Civil Veterinary Department. Madras. Admin. report 1926-33 - 1926-1933
Year: 1926
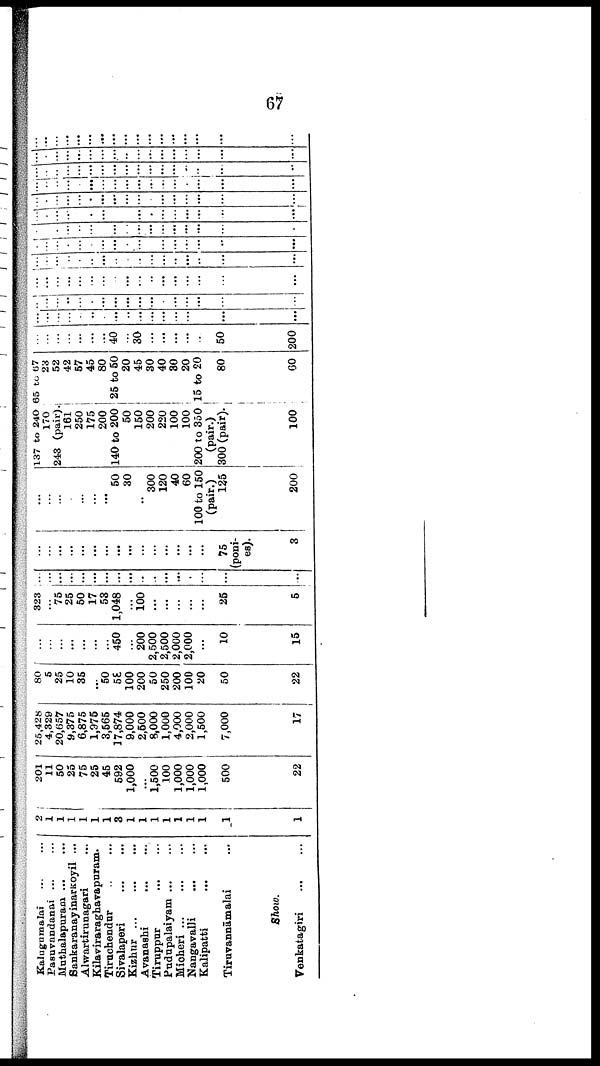
67
Kalugumalai ... ...
Pasuvandanai ... ...
Muthalapuram ... ...
Sankaranayinarkoyil ...
Alwartirunagari ...
Kilaviraraghavapuram.
Tiruchendur .. ...
Sivalaneri ... ...
Kizhnr ... ... ... ...
Avanashi
... ...
Tiruppur
...
...
Pudupalaiyam ... ...
Micheri
...
...
...
Nangavalli ... ...
Kalipatti
...
...
Tiruvannāmalai ...
Show.
Venkatagiri ... ...
2
1
1
1
1
1
1
3
1
1
1
1
1
1
1
1
1
201
11
50
25
75
25
45
592
1,000
...
1,500
100
1,000
1,000
1,000
500
22
25,428
4,329
20,657
9,375
6,875
1,975
3,565
17,874
9,000
2,500
8,000
1,000
4,000
2,000
1,500
7,000
17
80
5
25
10
35
...
50
58
100
200
50
250
200
100
20
50
22
...
...
...
...
...
...
... 450
...
200
2,500
2,500
2,000
2,000
...
10
15
323
...
75
25
50
17
53
1,048
...
100
...
...
...
...
...
25
5
...
...
...
...
...
...
...
...
...
...
...
...
...
.
...
...
...
...
...
...
...
...
...
...
...
...
...
...
...
...
...
...
75
(poni
es).
3
...
...
...
...
...
...
...
50
30
..
300
120
40
60
100 to 150
(pair.)
125
200
137 to 240
170
243 (pair).
161
250
175
200
140 to 200
50
150
200
220
100
100
200 to 350
(pair.)
300 (pair).
100
65 to 67
23
52
42
57
45
80
25 to 50
20
45
30
40
30
20
15 to 20
80
60
...
...
...
...
...
...
...
40
...
30
...
...
...
...
...
50
200
...
...
...
...
...
...
...
...
...
...
...
...
...
...
...
...
...
...
...
...
...
...
...
...
...
...
...
...
...
...
...
...
...
...
...
...
...
...
...
...
...
...
...
...
...
...
...
...
...
...
...
...
...
...
...
...
...
...
...
...
...
...
...
...
...
...
...
...
...
...
...
...
...
...
...
...
...
...
...
...
...
...
...
...
...
...
...
...
...
...
...
...
...
...
...
...
...
...
...
...
...
...
...
...
...
...
...
...
...
...
...
...
...
...
...
...
...
...
...
...
...
...
...
...
...
...
...
...
...
...
...
...
...
...
...
...
...
...
...
...
...
...
...
...
...
...
...
...
...
...
...
...
...
...
...
...
...
...
...
...
...
...
...
...
...
...
...
...
...
...
...
...
...
...
...
...
...
...
...
...
...
...
...
...
...
...
...
...
...
...
...
...
...
...
...
...
...
...
...
...
...
...
...
...